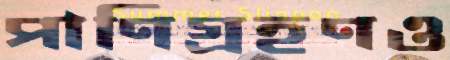
পাণিগ্রহণও